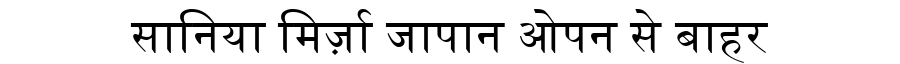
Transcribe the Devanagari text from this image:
सानिया मिर्ज़ा जापान ओपन से बाहर